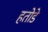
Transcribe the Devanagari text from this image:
हतोडे